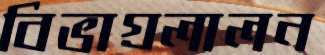
বিভাগ্রলালন